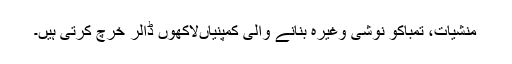
منشیات، تمباکو نوشی وغیرہ بنانے والی کمپنیاںلاکھوں ڈالر خرچ کرتی ہیں۔